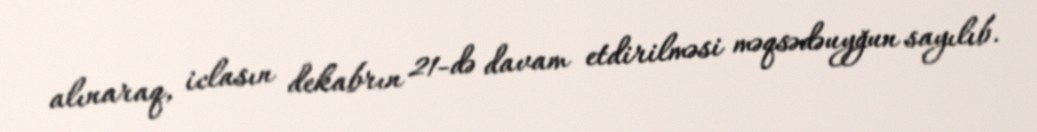
alınaraq, iclasın dekabrın 21-də davam etdirilməsi məqsədəuyğun sayılıb.